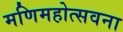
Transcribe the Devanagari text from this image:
मणिमहोत्सवना